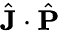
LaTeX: \hat{\mathbf{J}}\cdot\hat{\mathbf{P}}